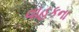
વાહકના